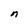
Character: n